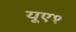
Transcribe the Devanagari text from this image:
यूए१